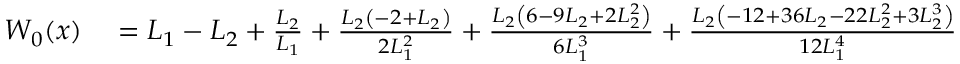
\begin{array} { r l } { W _ { 0 } ( x ) } & { { } = L _ { 1 } - L _ { 2 } + { \frac { L _ { 2 } } { L _ { 1 } } } + { \frac { L _ { 2 } \left( - 2 + L _ { 2 } \right) } { 2 L _ { 1 } ^ { 2 } } } + { \frac { L _ { 2 } \left( 6 - 9 L _ { 2 } + 2 L _ { 2 } ^ { 2 } \right) } { 6 L _ { 1 } ^ { 3 } } } + { \frac { L _ { 2 } \left( - 1 2 + 3 6 L _ { 2 } - 2 2 L _ { 2 } ^ { 2 } + 3 L _ { 2 } ^ { 3 } \right) } { 1 2 L _ { 1 } ^ { 4 } } } + \cdots } \end{array}